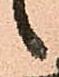
候